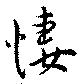
悽